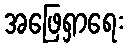
အဖြေရှာရေး